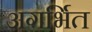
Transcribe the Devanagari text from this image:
अगर्भित